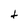
Character: t